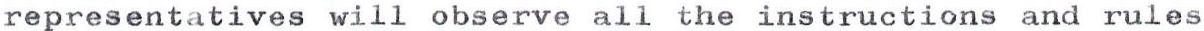
representatives will observe all the instructions and rules